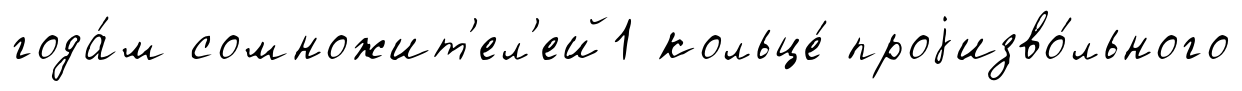
года́м сомножит'ел'ей1 кольце́ проjизво́льного